Vital statistics of India. Vol. VI, European troops 1870-79
Year: 1870
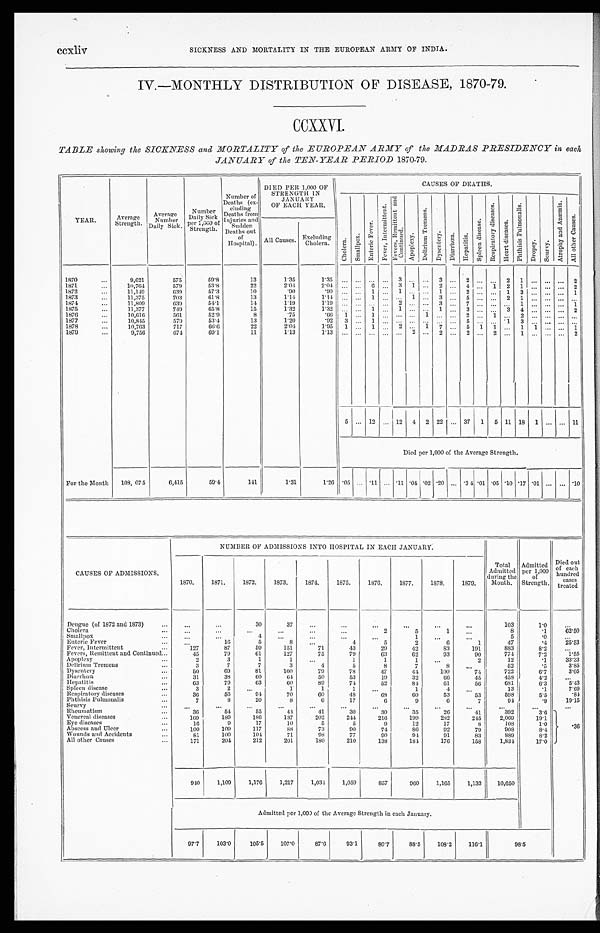
ccxliv
SICKNESS AND MORTALITY IN THE EUROPEAN ARMY OP INDIA.
IV.—MONTHLY DISTRIBUTION OF DISEASE, 1870-79.
CCXXVI.
TABLE showing the SICKNESS and MORTALITY of the EUROPEAN ARMY of the MADRAS PRESIDENCY in each
JANUARY of the TEN-YEAR PERIOD 1870-79.
YEAR.
Average
Strength.
A v e r a g e N u m b e r D a i l y S i c k .
N u m b e r D a i l y S i c k p e r 1 , 0 0 0 o f S t r e n g t h .
N u m b e r o f D e a t h s ( e x - c l u d i n g D e a t h s f r o m I n j u r i e s a n d s u d d e n D e a t h s o u t o f H o s p i t a l s . )
DIED PER 1,000 OF
STRENGTH IN
JANUARY
OF EACH YEAR.
CAUSES OF DEATHS.
C h o l e r a .
S m a l l p o x . E n t e r i e F e v e r .
F e v e r , I n t e r m i t t e n t .
F e v e r s R e m i t t e n t a n d C o n t i n u e d .
A p o p l e x y .
D e l i r i u m T r e m e n s .
D y s e n t e r y .
D i a r r h œ a .
H e p a t i t i s .
S p l e e n d i s e a s e .
R e s p i r a t o r y d i s e a s e s .
H e a r t d i s e a s e s .
P h t h i s i s P u l m o n a l i s .
D r o p s y . S c u r v y .
A t r o p h y a n d A n æ m i a .
A l l o t h e r C a u s e s .
All Causes. '
Excluding
Cholera.
1870
. . .
9 , 6 2 1
575
59.8
13
1.35
1 . 3 5
. . .
. . .
...
. . . 3
. . .
. . .
3
. . .
2
. . .
. . . 2 1
. . .
. . .
... 2
1871
. . .
1 0 , 7 6 4
579
53.8
22
2.04
2 . 0 4
. . .
. . . .6 ... 3 1
. . . 2
. . . 4 ... 1 2 1
. . .
. . . ... 2
1872
. . .
11,149
639
57.3
10
.90
. 9 0
. . .
. . .
1
. . .
1
. . .
. . .
1
. . .
2
. . .
. . . 1 3
. . .
. . .
... 1
1 8 7 3
. . .
11,375
703
61.8
13
1.14
1 . 1 4
. . .
. . .
1
. . . . . . 1
. . .
3
. . .
5
. . .
. . . 2 1
. . .
. . .
... ...
1874
. . .
11,809
639
54.1
14
1.19
1 . 1 9
. . .
. . .
...
. . .
2
. . .
. . .
3
. . .
7
. . .
. . . ... 1
. . .
. . .
... 1
1875
. . .
11,377
749
65.8
15
1.32
1 . 3 2
. . .
. . .
1
. . .
1
. . .
. . .
1
. . .
3
. . .
. . . 3 4
. . .
. . .
... 2
1876
. . .
10,616
561
52.9
8
. 7 5
. 6 6
1
. . .
1
. . .
. . .
. . .
1
. . .
. . .
2
. . .
1 ... 2
. . .
. . .
... ...
1877
. . .
10,815
579
53.4
13
9 2
. 9 2
3
. . .
1
. . .
. . .
. . .
. . .
. . .
. . .
5
. . .
. . . 1 3
. . .
. . .
... ...
1878
. . .
10,763
717
6 6 . 6
22
2 . 0 4
1.95 1
. . . 1
. . . 2 ...
1 7
. . . 5 1 1
... 1 1
. . .
...
1
1879
. . .
9,756
674
69.1
11
1.13
1 . 1 3
. . .
. . .
...
. . .
. . .
2
. . .
2
. . .
2
. . .
2 ... 1
. . .
. . .
... 2
5 ... 12 ...
1 2 4 2 22 ... 37 1 5 11 18 1 ... ... 11
Died per 1,000 of the Average Strength.
For the Month
108, 075
6,415
59.4
141
1.31
1.26 .05 ... .11 ... .11
. 0 4 .02 .20 ... .3 4 .01 .05 .10 .17 .01 ... ... .10
CAUSES OF ADMISSIONS.
NUMBER OF ADMISSIONS INTO HOSPITAL IN EACH JANUARY.
T o t a l A d m i t t e d d u r i n g t h e Mo n t h .
A d m i t t e d p e r 1 , 0 0 0 o f S t r e n g t h .
D i e d o u t o f e a c h h u n d r e d c a s e s t r e a t e d .
1870.
1871.
1872.
1873.
1871.
1875.
1876.
1877.
1878.
1879.
Dengue (of 1872 and 1873)
. . .
...
. . .
30
37
...
...
. . .
. . .
. . .
. . .
103
1.0
. . .
Cholera
. . .
. . .
. . .
. . .
. . .
. . .
. . .
2
5
1
. . .
8
.1
62.50
Smallpox
. . .
. . .
. . .
4
. . .
. . .
. . .
. . .
1
. . .
. . .
5
. 0
. . .
Enteric Fever
. . .
. . .
16
5
8
. . .
4
5
2
6
1
47
.4
25.53
Fever, Intermittent
. . .
127
87
59
151
71
43
29
42
83
191
883
8.2
. . .
Fevers, Remittent and Continued... . . .
.45
79
61
127
75
79
63
62
93
90
774
7.2
1.55
Apoplexy
. . .
2
3
1
1
. . .
1
1
1
. . .
2
12
.1
33.33
Delirium Tremens
. . .
3
7
7
3
4
5
8
7
8
. . .
52
.5
3.85
Dysentery
. . .
50
69
81
100
79
78
47
44
100
7 4
722
6.7
3.05
Diarrhœa
. . .
31
38
60
6 4
50
53
19
32
66
45
458
4.2
. . .
Hepatitis
. . .
63
79
63
6 0
89
74
52
84
61
56
681
6.3
5.43
Spleen disease
. . .
3
2
. . .
1
1
1
. . .
1
4
. . .
13
.1
7.69
Respiratory diseases
. . .
36
56
94
70
60
48
68
60
53
53
598
5 . 5
.84
Phthisis Pulmonalis
. . .
7
8
20
8
6
1 7
6
9
6
7
94
.9
19.15
Scurvy
. . .
. . .
. . .
. . .
. . .
. . .
...
. . .
. . .
. . .
. . .
. . .
. . . . . .
. . .
Rheumatism
. . .
3 6
54
55
44
41
30
3 0
3 5
2 6
4 1
3 9 2
3 . 6
Venereal diseases
. . .
169
189
186
137
202
244
216
199
282
2 4 5
2,069
19.1
Eye diseases
. . .
16
9
17
10
5
5
9
12
17
8
108
1.0
Abscess and Ulcer
. . .
100
109
117
88
73
90
74
86
92
79
908
8.4
.36
Wounds and Accidents
. . .
81
100
104
71
98
77
90
9 4
91
83
889
8.2
All other Causes
. . .
171
204
212
201
180
210
138
184
176
158
1,831
17.0
940
1,109
1,176
1,217
1,034
1,059
857
960
1,165
1,133
10,650
Admitted per 1,000 oft h e A v e r a g e S t r e n g t h i n e a c h J a n u a r y .
97.7
103.0
105.5
107.0
87.6
93.1
80.7
88.5
108.2
116.1
9 8 . 5